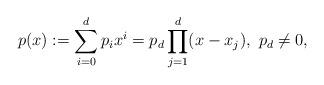
LaTeX: \begin{align*}p(x):=\sum_{i=0}^dp_ix^i=p_d\prod_{j=1}^d(x-x_j),~p_d\neq 0,\end{align*}